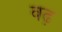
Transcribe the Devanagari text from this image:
वढ़